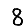
Digit: 8